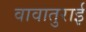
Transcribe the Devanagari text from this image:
वावातुराई